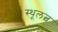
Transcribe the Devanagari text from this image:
स्थूलत्व